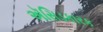
ઍસિડકારક